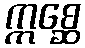
ဣစ္ဆေ